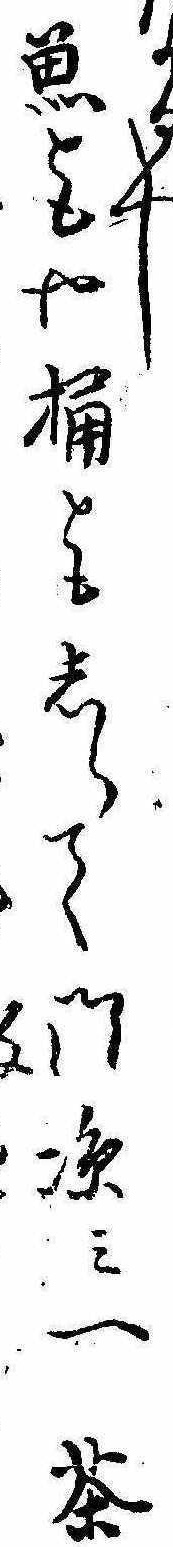
なるへし魚ともや桶ともしらて門涼み一茶